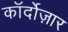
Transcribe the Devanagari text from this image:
कॉर्दोज़ार